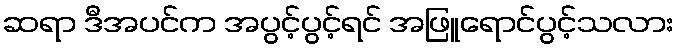
ဆရာ ဒီအပင်က အပွင့်ပွင့်ရင် အဖြူရောင်ပွင့်သလား